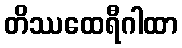
တိဿထေရီဂါထာ